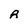
Character: R